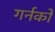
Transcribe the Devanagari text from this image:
गर्नको